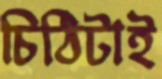
চিঠিটাই